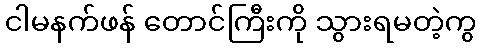
ငါမနက်ဖန် တောင်ကြီးကို သွားရမတဲ့ကွ